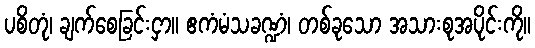
ပစိတုံ၊ ချက်စေခြင်းငှာ။ ဧကံမံသခဏ္ဍံ၊ တစ်ခုသော အသားစုအပိုင်းကို။